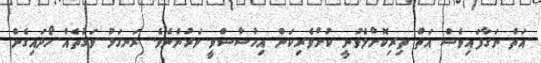
އަތް ނަގާފައިވެސް އަތް ތިރިކޮށްލެވުނީ ކުށްވެރިކަން އިހުސާސްވީ ވަރުންނެވެ. ރަނގަޅު ވަގުތެއް ހޯދައިގެން